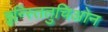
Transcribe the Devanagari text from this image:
इन्स्तितुचिओन